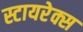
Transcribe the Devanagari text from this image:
स्टायरेक्स